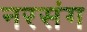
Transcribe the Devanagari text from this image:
नरसंग